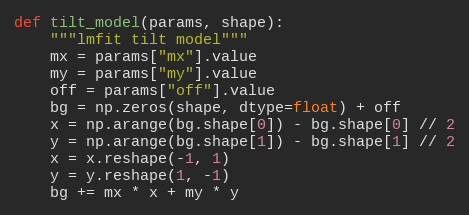
Language: Python
def tilt_model(params, shape):
    """lmfit tilt model"""
    mx = params["mx"].value
    my = params["my"].value
    off = params["off"].value
    bg = np.zeros(shape, dtype=float) + off
    x = np.arange(bg.shape[0]) - bg.shape[0] // 2
    y = np.arange(bg.shape[1]) - bg.shape[1] // 2
    x = x.reshape(-1, 1)
    y = y.reshape(1, -1)
    bg += mx * x + my * y